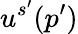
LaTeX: u^{s^{\prime}}(p^{\prime})